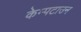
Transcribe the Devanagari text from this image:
केम्पटाउन